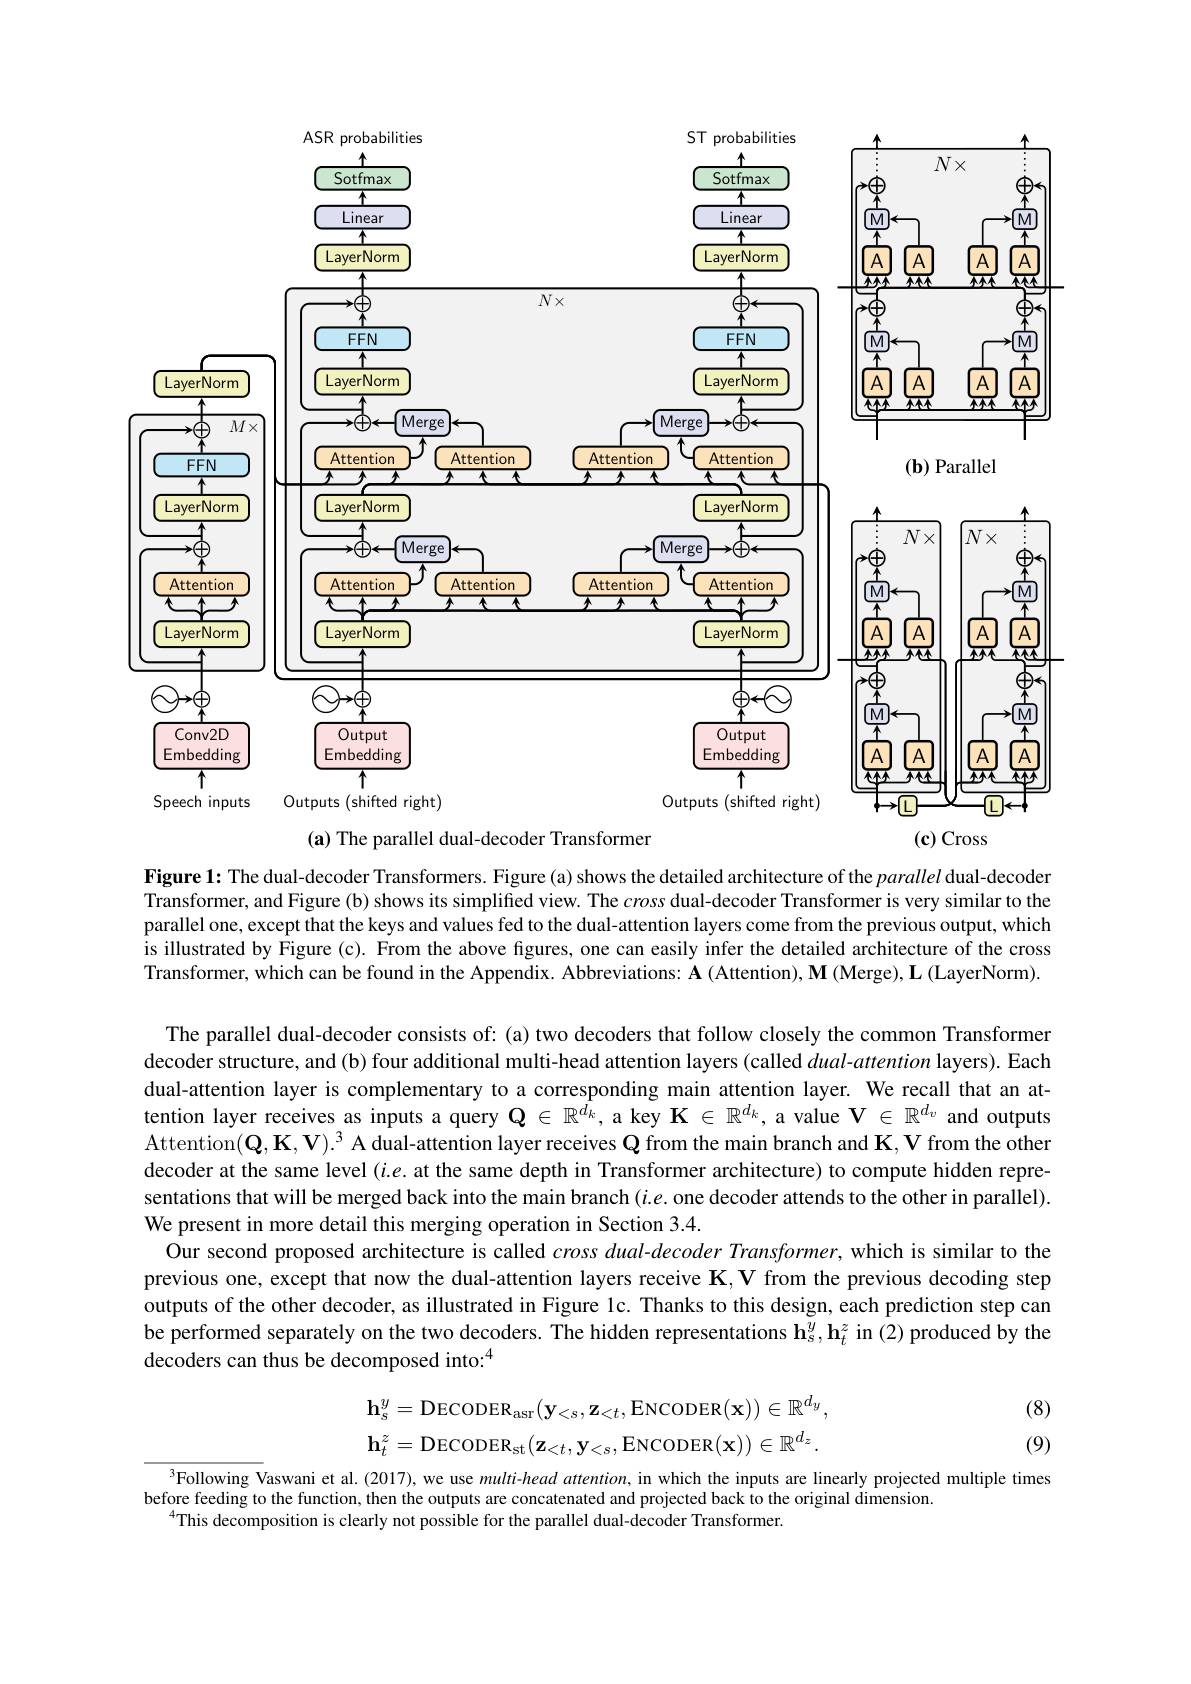
<FigureHere>
LI

$(\mathbf{c})$ Cross

$(\mathbf{a})$ The parallel dual-decoder Transformer

Figure 1: The dual-decoder Transformers. Figure(a) shows the detailed architecture of the parallel dual-decoder Transformer, and Figure (b) shows its simplifed view. The cross dual-decoder Transformer is very similar to the parallel one, except that the keys and values fed to the dual-attention layers come from the previous output, which is illustrated by Figure (c). From the above figures, one can easily infer the detailed architecture of the cross Transformer, which can be found in the Appendix. Abbreviations: $\mathbf{A} \left ( \text{Attention) , M( Merge) , L( LayerNorm) }. \right )$

The parallel dual-decoder consists of: (a) two decoders that follow closely the common Transformer decoder structure, and (b) four additional multi-head attention layers (called $dual-attention$ layers). Each dual-attention layer is complementary to a corresponding main attention layer. We recall that an attention layer receives as inputs a query $\mathbf{Q}\in\mathbb{R}^{d_k}$, a key $\mathbf{K}\in\mathbb{R}^d_k$, a value $\mathbf{V}\in\mathbb{R}^d_v$ and outputs Attention$( \mathbf{Q} , \mathbf{K} , \mathbf{V} ) . ^{3}$ A dual-attention layer receives $\mathbf{Q}$ from the main branch and K, V from the other decoder at the same level $(i.e.$ at the same depth in Transformer architecture) to compute hidden representations that will be merged back into the main branch $(i.e.$ one decoder attends to the other in parallel). We present in more detail this merging operation in Section 3.4.
Our second proposed architecture is called cross dual-decoder Transformer, which is similar to the previous one, except that now the dual-attention layers receive $\mathbf{K},\mathbf{V}$ from the previous decoding step outputs of the other decoder, as illustrated in Figure 1c. Thanks to this design, each prediction step can be performed separately on the two decoders. The hidden representations $\mathbf{h}_s^y,\mathbf{h}_t^z$ in (2) produced by the decoders can thus be decomposed into:

(8)
$$\mathbf{h}_{s}^{y}=\mathrm{DECODER}_{\mathrm{asr}}(\mathbf{y}_{<s},\mathbf{z}_{<t},\mathrm{ENCODER}(\mathbf{x}))\in\mathbb{R}^{d_{y}},\\\mathbf{h}_{t}^{z}=\mathrm{DECODER}_{\mathrm{st}}(\mathbf{z}_{<t},\mathbf{y}_{<s},\mathrm{ENCODER}(\mathbf{x}))\in\mathbb{R}^{d_{z}}.$$
(9)

$^{3}$Following Vaswani et al. (2017), we use multi-head attention, in which the inputs are linearly projected multiple times
before feeding to the function, then the outputs are concatenated and projected back to the original dimension.
$^{4}$This decomposition is clearly not possible for the parallel dual-decoder Transformer.